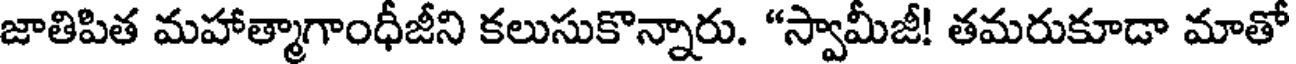
జాతిపిత మహాత్మాగాంధీజీని కలుసుకొన్నారు. "స్వామీజీ! తమరుకూడా మాతో